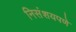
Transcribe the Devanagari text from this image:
निसंशयपणे